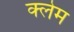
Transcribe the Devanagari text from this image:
क्‍लेम